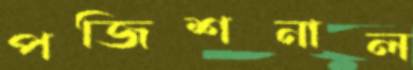
পজিশনাল